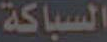
السباكة